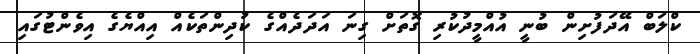
ކްލަބް އޭދަފުށިން ބުނީ އުއްމީދުކުރި ގޮތަށް ގިނަ އަދަދެއްގެ ކުދިންތަކެއް އިއްޔެގެ އިވެންޓުގައި